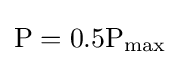
\mathrm {P} =0.5\mathrm {P_{max}}